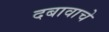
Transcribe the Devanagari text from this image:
दबावाचे